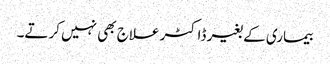
بیماری کے بغیر ڈاکٹر علاج بھی نہیں کرتے۔